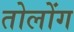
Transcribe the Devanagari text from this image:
तोलोंग